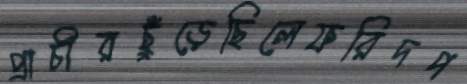
প্রাচীরছুঁড়েছিলেফরিদপ